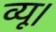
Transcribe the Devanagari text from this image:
व्यू।